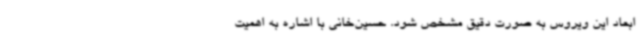
ابعاد این ویروس به صورت دقیق مشخص شود. حسین‌خانی با اشاره به اهمیت